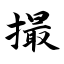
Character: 撮